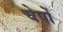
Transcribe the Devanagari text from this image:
चेपों